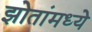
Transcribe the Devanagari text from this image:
झोतांमध्ये